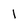
Character: I